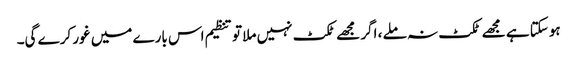
ہوسکتا ہے مجھے ٹکٹ نہ ملے ، اگر مجھے ٹکٹ نہیں ملا تو تنظیم اس بارے میں غور کرے گی۔